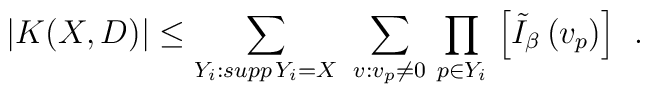
\left.  |K(X,D)| \leq \sum_{Y_{i}: supp \, Y_{i} = X} \ \sum_{v: v_{p} \neq 0} \, \prod_{p \in Y_{i}} \, \left[ \tilde{I}_{\beta} \, (v_{p}) \right]  \right. \ .